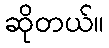
ဆိုတယ်။